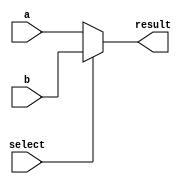
module multiplexer(a,b,select,result);
	parameter size = 64;
    input [size -1:0] a;
    input [size -1:0] b;
    input select;
    output[size -1:0] result;
	
     assign result = (select)? b : a;
endmodule